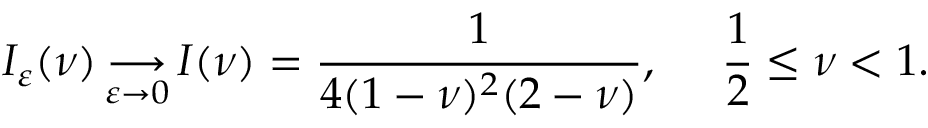
I _ { \varepsilon } ( \nu ) \mathop { \longrightarrow } _ { \varepsilon \rightarrow 0 } I ( \nu ) = \frac { 1 } { 4 ( 1 - \nu ) ^ { 2 } ( 2 - \nu ) } , \, \, \, \, \, \, \, \, \frac { 1 } { 2 } \leq \nu < 1 .